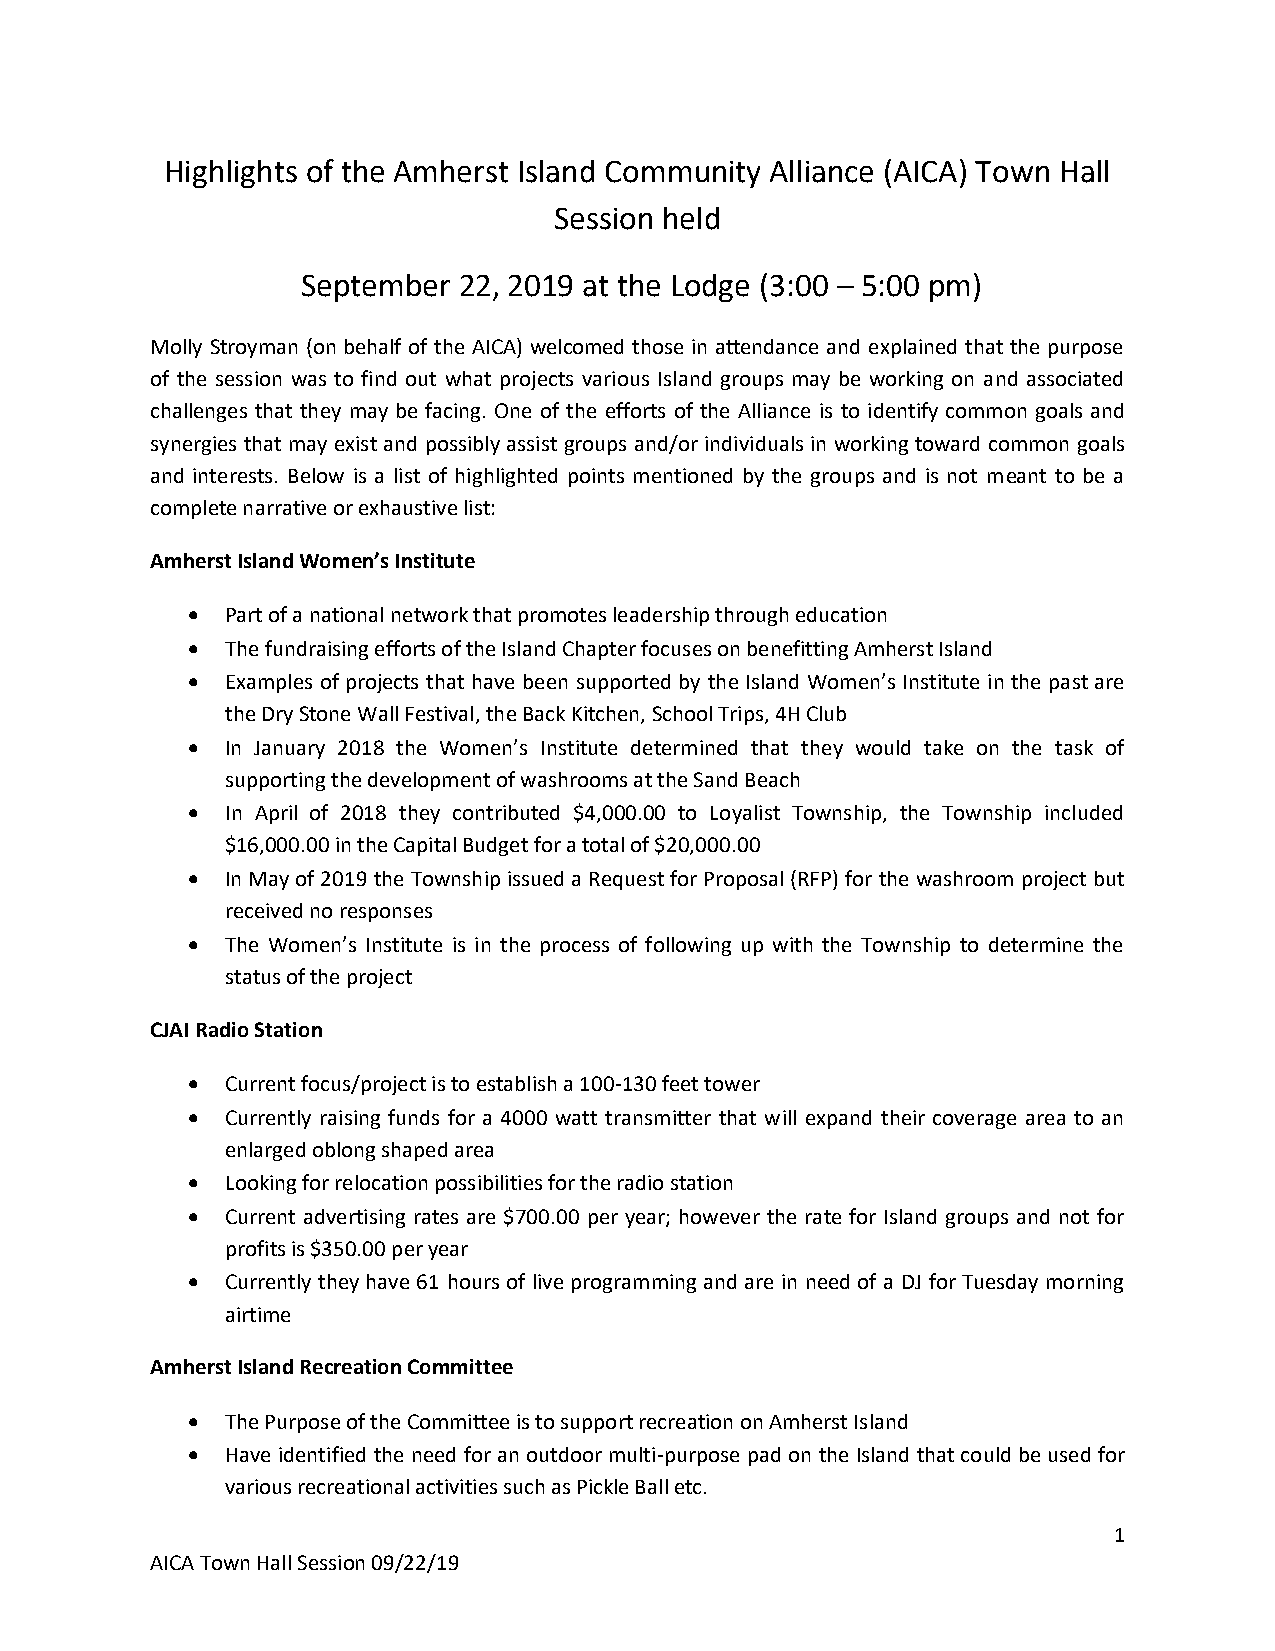
Highlights of the Amherst Island Community Alliance (AICA) Town Hall
 Session held
 September 22, 2019 at the Lodge (3:00 – 5:00 pm)
 Molly Stroyman (on behalf of the AICA) welcomed those in attendance and explained that the purpose
 of the session was to find out what projects various Island groups may be working on and associated
 challenges that they may be facing. One of the efforts of the Alliance is to identify common goals and
 synergies that may exist and possibly assist groups and/or individuals in working toward common goals
 and interests. Below is a list of highlighted points mentioned by the groups and is not meant to be a
 complete narrative or exhaustive list:
 Amherst Island Women’s Institute
   Part of a national network that promotes leadership through education
   The fundraising efforts of the Island Chapter focuses on benefitting Amherst Island
   Examples of projects that have been supported by the Island Women’s Institute in the past are
 the Dry Stone Wall Festival, the Back Kitchen, School Trips, 4H Club
   In January 2018 the Women’s Institute determined that they would take on the task of
 supporting the development of washrooms at the Sand Beach
   In April of 2018 they contributed $4,000.00 to Loyalist Township, the Township included
 $16,000.00 in the Capital Budget for a total of $20,000.00
   In May of 2019 the Township issued a Request for Proposal (RFP) for the washroom project but
 received no responses
   The Women’s Institute is in the process of following up with the Township to determine the
 status of the project
 CJAI Radio Station
   Current focus/project is to establish a 100-130 feet tower
   Currently raising funds for a 4000 watt transmitter that will expand their coverage area to an
 enlarged oblong shaped area
   Looking for relocation possibilities for the radio station
   Current advertising rates are $700.00 per year; however the rate for Island groups and not for
 profits is $350.00 per year
   Currently they have 61 hours of live programming and are in need of a DJ for Tuesday morning
 airtime
 Amherst Island Recreation Committee
   The Purpose of the Committee is to support recreation on Amherst Island
   Have identified the need for an outdoor multi-purpose pad on the Island that could be used for
 various recreational activities such as Pickle Ball etc.
 1
 AICA Town Hall Session 09/22/19